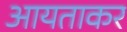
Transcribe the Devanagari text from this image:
आयताकर